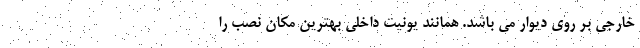
خارجی بر روی دیوار می باشد. همانند یونیت داخلی بهترین مکان نصب را